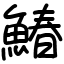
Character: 鰆